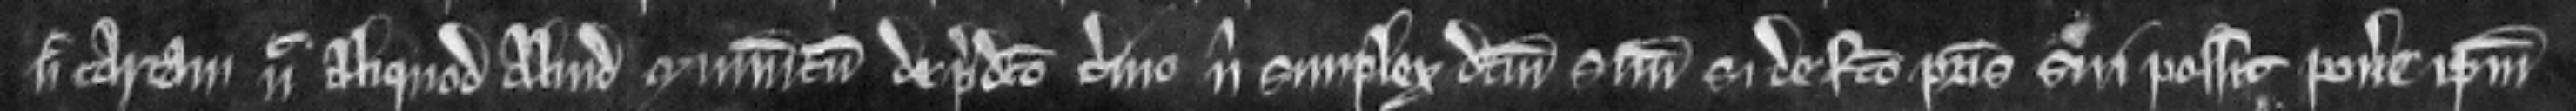
nec cartam nec aliquod aliud munimentum de predicto termino nisi simplex dictum suum si de facto patris sui possit ponere ipsum